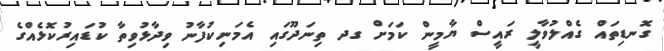
ގޮނޑިތައް ގެއްލުވާލީ ރައީސް ޔާމީން ކަމަށް ގދ ތިނަދޫގައި އެމަނިކުފާނު ވިދާޅުވިތާ ކުޑައިރުކޮޅެއްގެ